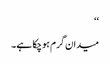
‘‘
میدان گرم ہوچکا ہے۔